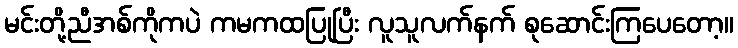
မင်းတို့ညီအစ်ကိုကပဲ ကမကထပြုပြီး လူသူလက်နက် စုဆောင်းကြပေတော့။